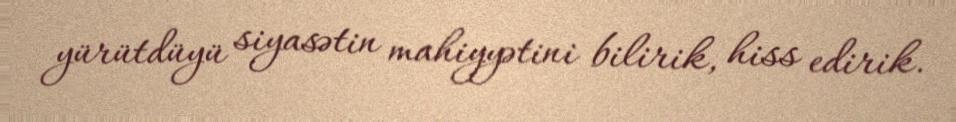
yürütdüyü siyasətin mahiyyətini bilirik, hiss edirik.